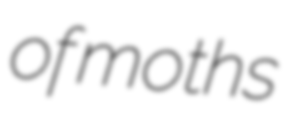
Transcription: of moths